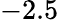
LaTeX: -2.5